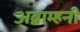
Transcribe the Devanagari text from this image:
अब्राम्हनी